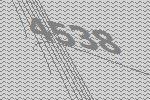
4538